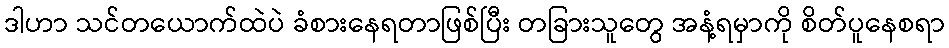
ဒါဟာ သင်တယောက်ထဲပဲ ခံစားနေရတာဖြစ်ပြီး တခြားသူတွေ အနံ့ရမှာကို စိတ်ပူနေစရာ